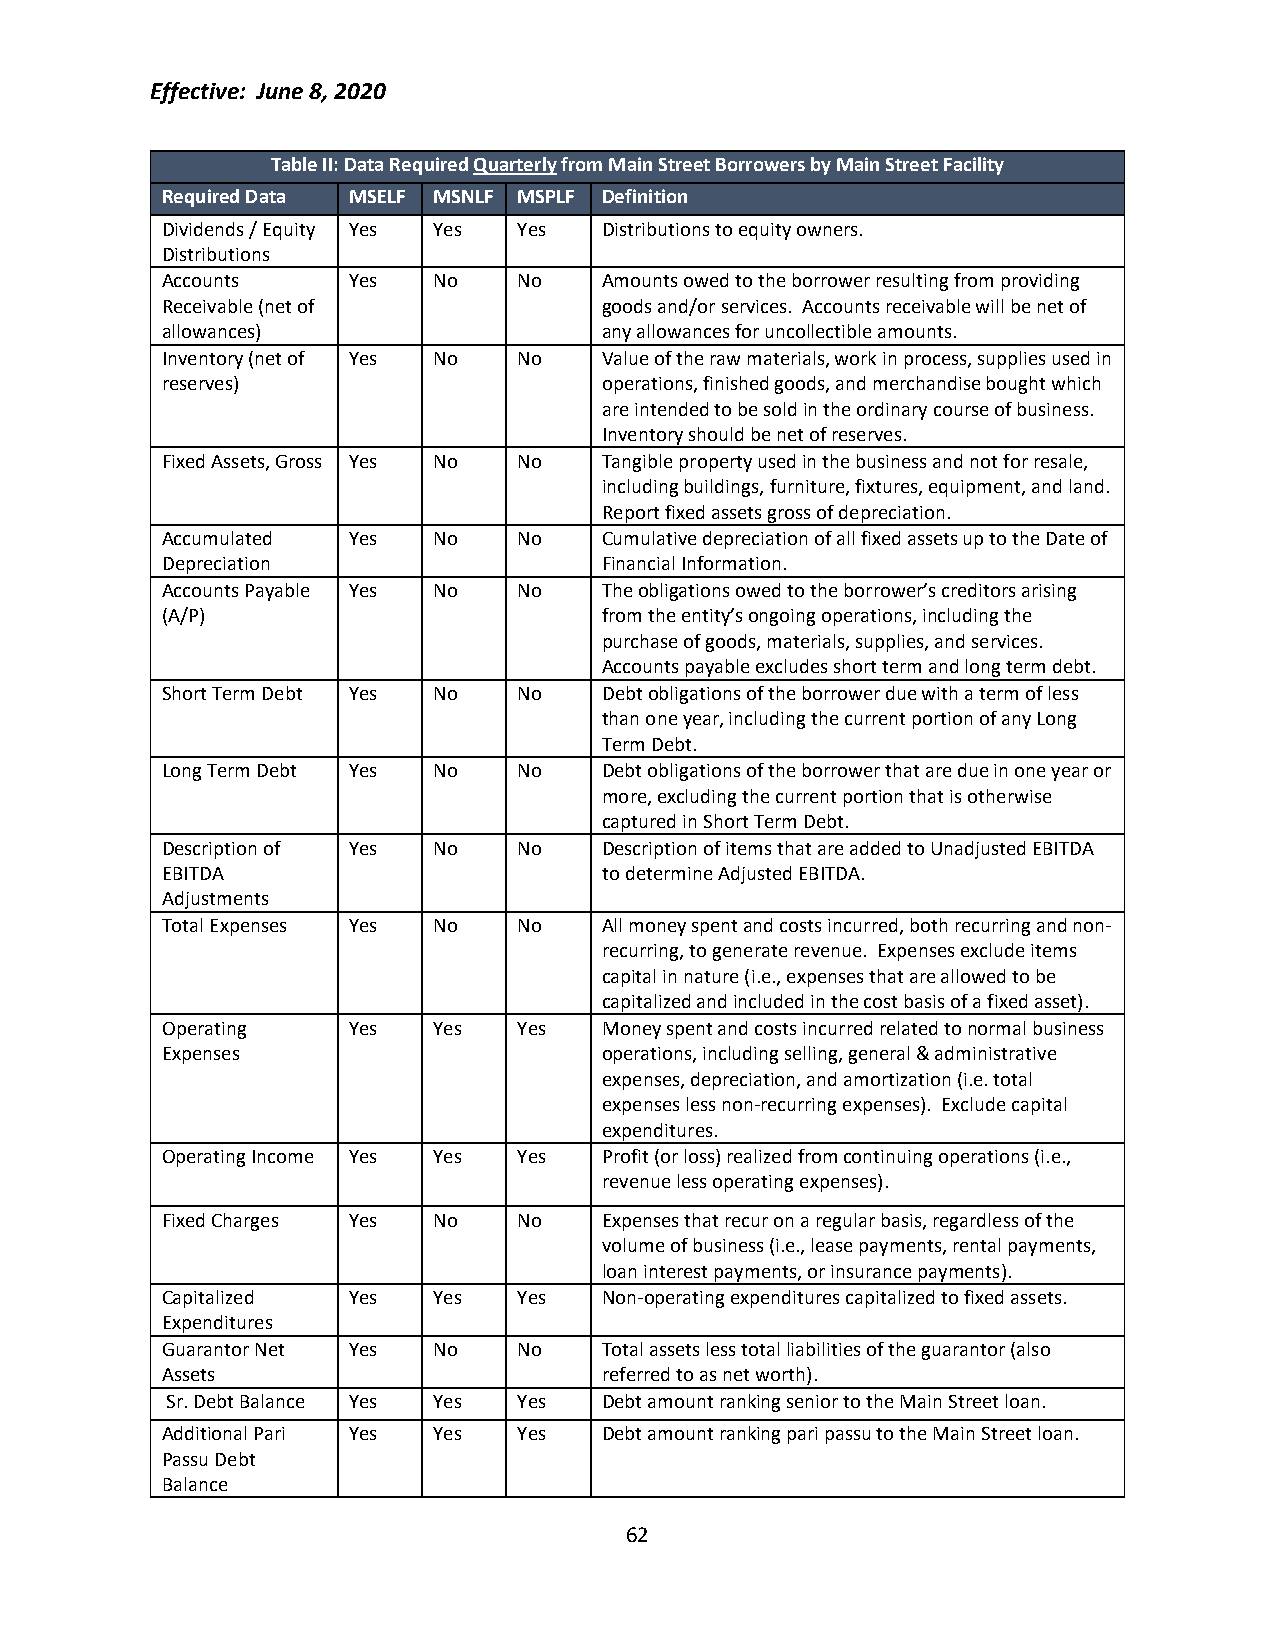
Effective: June 8, 2020
 Table II: Data Required Quarterly from Main Street Borrowers by Main Street Facility
 Required Data MSELF MSNLF MSPLF Definition
 Dividends / Equity Yes Yes Yes Distributions to equity owners.
 Distributions
 Accounts    Yes   No   No    Amounts owed to the borrower resulting from providing
 Receivable (net of           goods and/or services. Accounts receivable will be net of
 allowances)                  any allowances for uncollectible amounts.
 Inventory (net of Yes No No  Value of the raw materials, work in process, supplies used in
 reserves)                    operations, finished goods, and merchandise bought which
 are intended to be sold in the ordinary course of business.
 Inventory should be net of reserves.
 Fixed Assets, Gross Yes No No Tangible property used in the business and not for resale,
 including buildings, furniture, fixtures, equipment, and land.
 Report fixed assets gross of depreciation.
 Accumulated Yes   No   No    Cumulative depreciation of all fixed assets up to the Date of
 Depreciation                 Financial Information.
 Accounts Payable Yes No No   The obligations owed to the borrower’s creditors arising
 (A/P)                        from the entity’s ongoing operations, including the
 purchase of goods, materials, supplies, and services.
 Accounts payable excludes short term and long term debt.
 Short Term Debt Yes No No    Debt obligations of the borrower due with a term of less
 than one year, including the current portion of any Long
 Term Debt.
 Long Term Debt Yes No  No    Debt obligations of the borrower that are due in one year or
 more, excluding the current portion that is otherwise
 captured in Short Term Debt.
 Description of Yes No  No    Description of items that are added to Unadjusted EBITDA
 EBITDA                       to determine Adjusted EBITDA.
 Adjustments
 Total Expenses Yes No  No    All money spent and costs incurred, both recurring and non-
 recurring, to generate revenue. Expenses exclude items
 capital in nature (i.e., expenses that are allowed to be
 capitalized and included in the cost basis of a fixed asset).
 Operating   Yes   Yes  Yes   Money spent and costs incurred related to normal business
 Expenses                     operations, including selling, general & administrative
 expenses, depreciation, and amortization (i.e. total
 expenses less non-recurring expenses). Exclude capital
 expenditures.
 Operating Income Yes Yes Yes Profit (or loss) realized from continuing operations (i.e.,
 revenue less operating expenses).
 Fixed Charges Yes No   No    Expenses that recur on a regular basis, regardless of the
 volume of business (i.e., lease payments, rental payments,
 loan interest payments, or insurance payments).
 Capitalized Yes   Yes  Yes   Non-operating expenditures capitalized to fixed assets.
 Expenditures
 Guarantor Net Yes No   No    Total assets less total liabilities of the guarantor (also
 Assets                       referred to as net worth).
 Sr. Debt Balance Yes Yes Yes Debt amount ranking senior to the Main Street loan.
 Additional Pari Yes Yes Yes  Debt amount ranking pari passu to the Main Street loan.
 Passu Debt
 Balance
 62